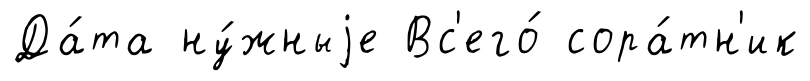
Да́та ну́жныjе Вс'его́ сора́тн'ик